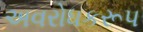
અવરોધકરૂપ